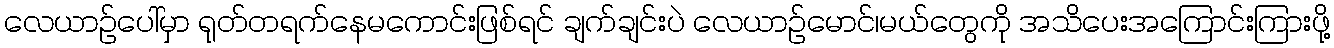
လေယာဉ်ပေါ်မှာ ရုတ်တရက်နေမကောင်းဖြစ်ရင် ချက်ချင်းပဲ လေယာဉ်မောင်၊မယ်တွေကို အသိပေးအကြောင်းကြားဖို့